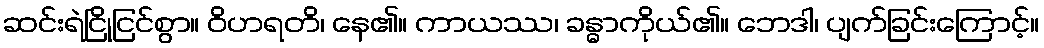
ဆင်းရဲငြိုငြင်စွာ။ ဝိဟရတိ၊ နေ၏။ ကာယဿ၊ ခန္ဓာကိုယ်၏။ ဘေဒါ၊ ပျက်ခြင်းကြောင့်။